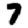
Digit: 7